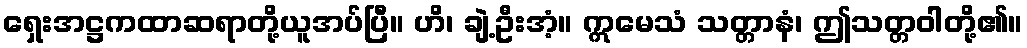
ရှေးအဋ္ဌကထာဆရာတို့ယူအပ်ပြီ။ ဟိ၊ ချဲ့ဦးအံ့။ ဣမေသံ သတ္တာနံ၊ ဤသတ္တဝါတို့၏။